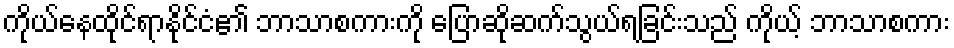
ကိုယ်နေထိုင်ရာနိုင်ငံ၏ ဘာသာစကားကို ပြောဆိုဆက်သွယ်ရခြင်းသည် ကိုယ့် ဘာသာစကား